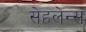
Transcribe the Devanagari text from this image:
सेहलेन्स